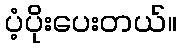
ပံ့ပိုးပေးတယ်။